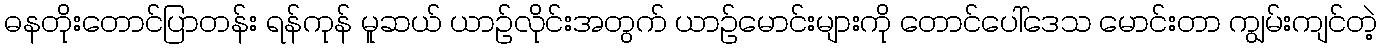
ဓနတိုးတောင်ပြာတန်း ရန်ကုန် မူဆယ် ယာဉ်လိုင်းအတွက် ယာဉ်မောင်းများကို တောင်ပေါ်ဒေသ မောင်းတာ ကျွမ်းကျင်တဲ့